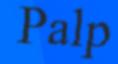
Palp